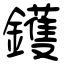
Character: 鑊